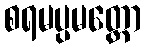
စရမပ္ပမတ္တော